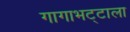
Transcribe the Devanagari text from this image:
गागाभट्टाला